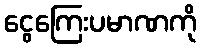
ငွေကြေးပမာဏကို